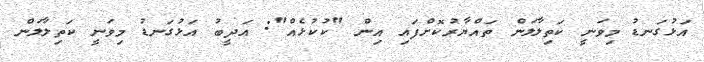
އަޅުގަނޑު މިވަނީ ކަތިލާލަން ތައްޔާރުކޮށްފައި އިން "ކުކުޅެއް": އަދީބު އަޅުގަނޑު މިވަނީ ކަތިލާލަން